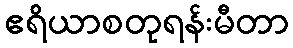
ဧရိယာစတုရန်းမီတာ